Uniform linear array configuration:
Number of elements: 32
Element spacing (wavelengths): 1
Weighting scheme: uniform
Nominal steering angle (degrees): -15
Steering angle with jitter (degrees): -13.458
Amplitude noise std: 0.05
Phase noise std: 0.05

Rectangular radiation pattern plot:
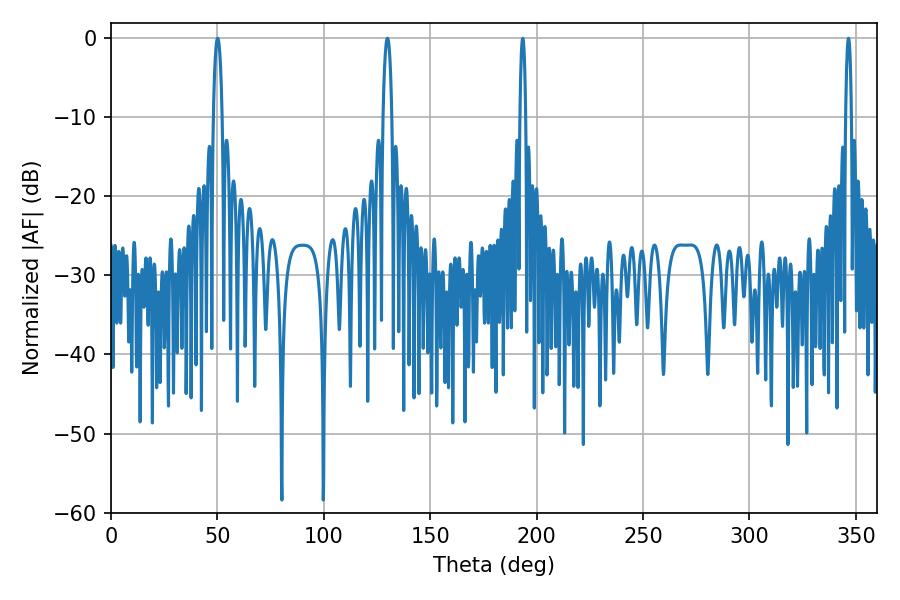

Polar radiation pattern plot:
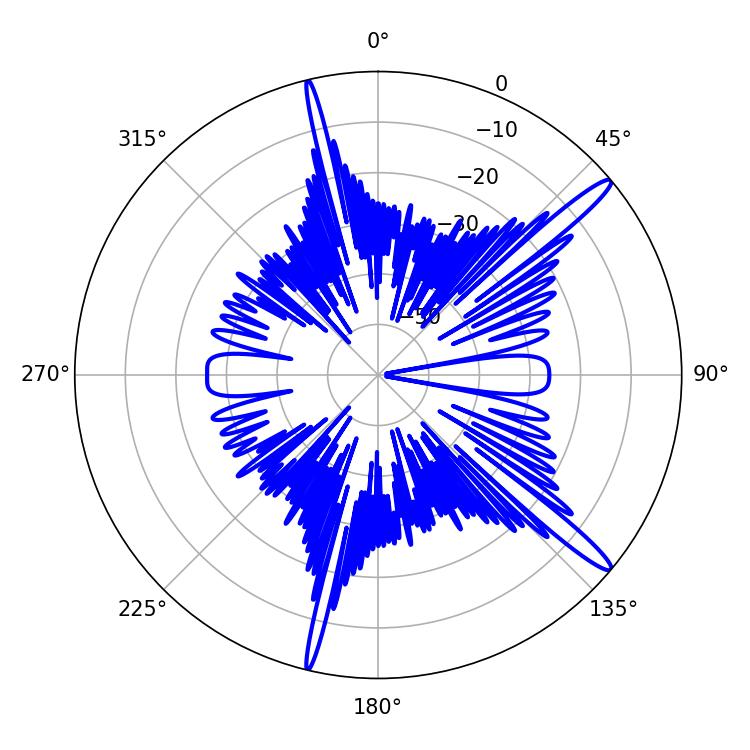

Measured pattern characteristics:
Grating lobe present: TRUE
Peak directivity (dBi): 15.319
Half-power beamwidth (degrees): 1.44
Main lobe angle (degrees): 346.5